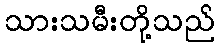
သားသမီးတို့သည်